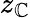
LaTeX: z_{\mathbb{C}}